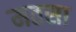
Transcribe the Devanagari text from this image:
मतसा